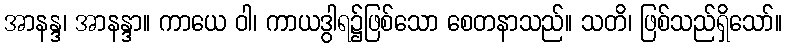
အာနန္ဒ၊ အာနန္ဒာ။ ကာယေ ဝါ၊ ကာယဒွါရ၌ဖြစ်သော စေတနာသည်။ သတိ၊ ဖြစ်သည်ရှိသော်။